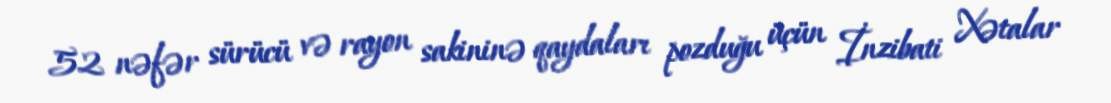
52 nəfər sürücü və rayon sakininə qaydaları pozduğu üçün İnzibati Xətalar